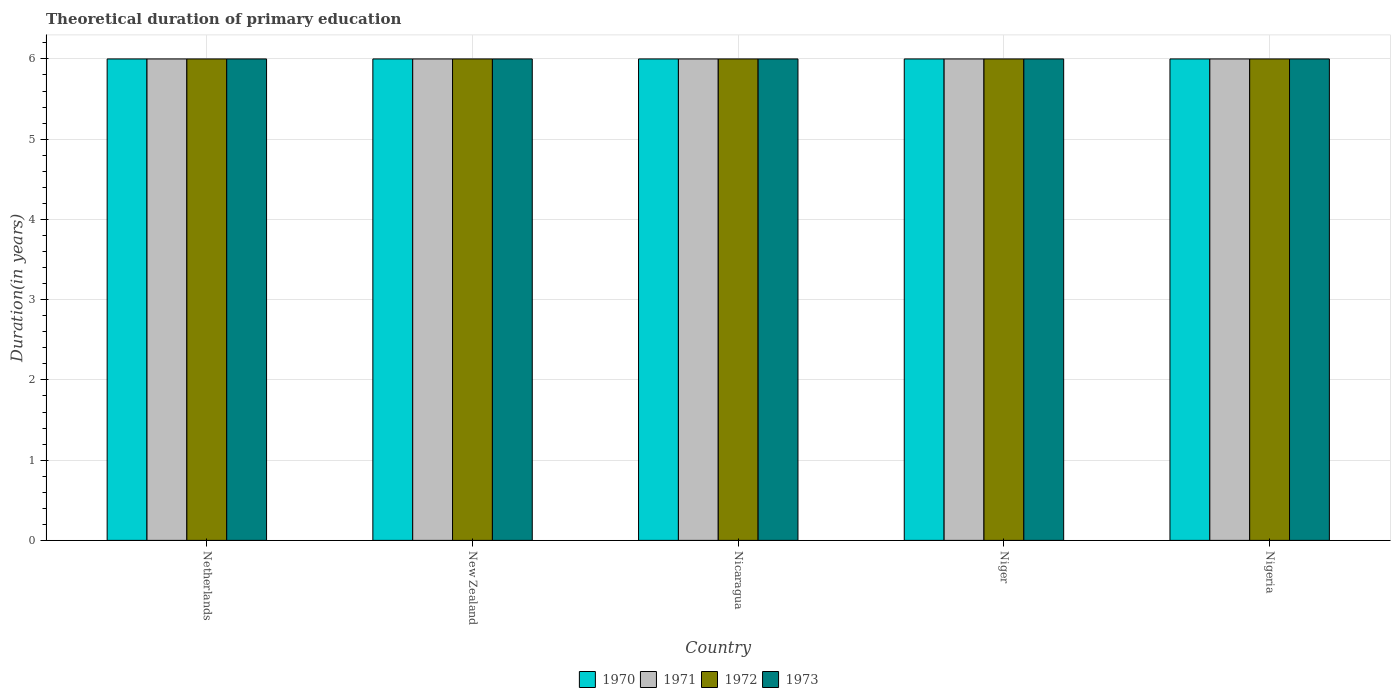
| Country | 1970 | 1971 | 1972 | 1973 |
 | --- | --- | --- | --- | --- |
 | Netherlands | 6 | 6 | 6 | 6 |
 | New Zealand | 6 | 6 | 6 | 6 |
 | Nicaragua | 6 | 6 | 6 | 6 |
 | Niger | 6 | 6 | 6 | 6 |
 | Nigeria | 6 | 6 | 6 | 6 |